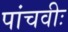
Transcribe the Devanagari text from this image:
पांचवीः